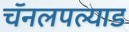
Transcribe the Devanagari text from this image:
चॅनलपल्याड